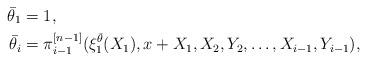
LaTeX: \begin{align*}\bar \theta_1&=1,\\\bar \theta_i&=\pi^{[n-1]}_{i-1}(\xi^{\bar \theta}_1(X_1),x+X_1,X_2,Y_2,\dots,X_{i-1},Y_{i-1}), \end{align*}